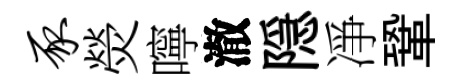
豕熒嚀澈隠凈鞏